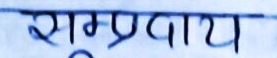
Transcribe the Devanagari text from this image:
राम्प्रवाय